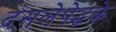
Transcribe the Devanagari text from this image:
दंसलेपेद्धके